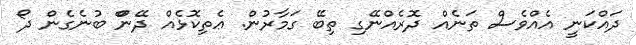
ދައްކަނީ އެއްވެސް ތަނެއް ދޮރެއްނޭގި ތިބޭ ގަމާރުން. ޢެތިކޮޅެއް ދޭންް ބުނެގެން ދޯ